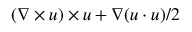
( \nabla \times \boldsymbol { u } ) \times \boldsymbol { u } + \nabla ( \boldsymbol { u } \cdot \boldsymbol { u } ) / 2